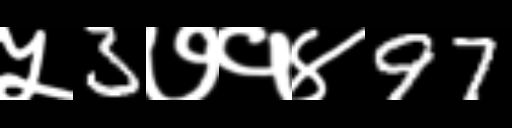
Text: ५3७१४97